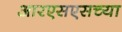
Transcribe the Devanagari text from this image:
आरएसएसच्या